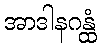
အာဒါနဂန္ထံ